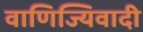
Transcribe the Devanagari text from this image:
वाणिज्यिवादी